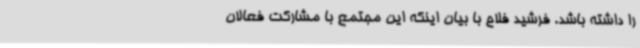
را داشته باشد. فرشید فلاح با بیان اینکه این مجتمع با مشارکت فعالان